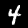
Label: 4